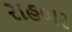
રાહબર